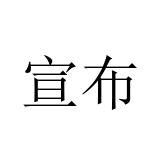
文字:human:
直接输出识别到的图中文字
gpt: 宣布